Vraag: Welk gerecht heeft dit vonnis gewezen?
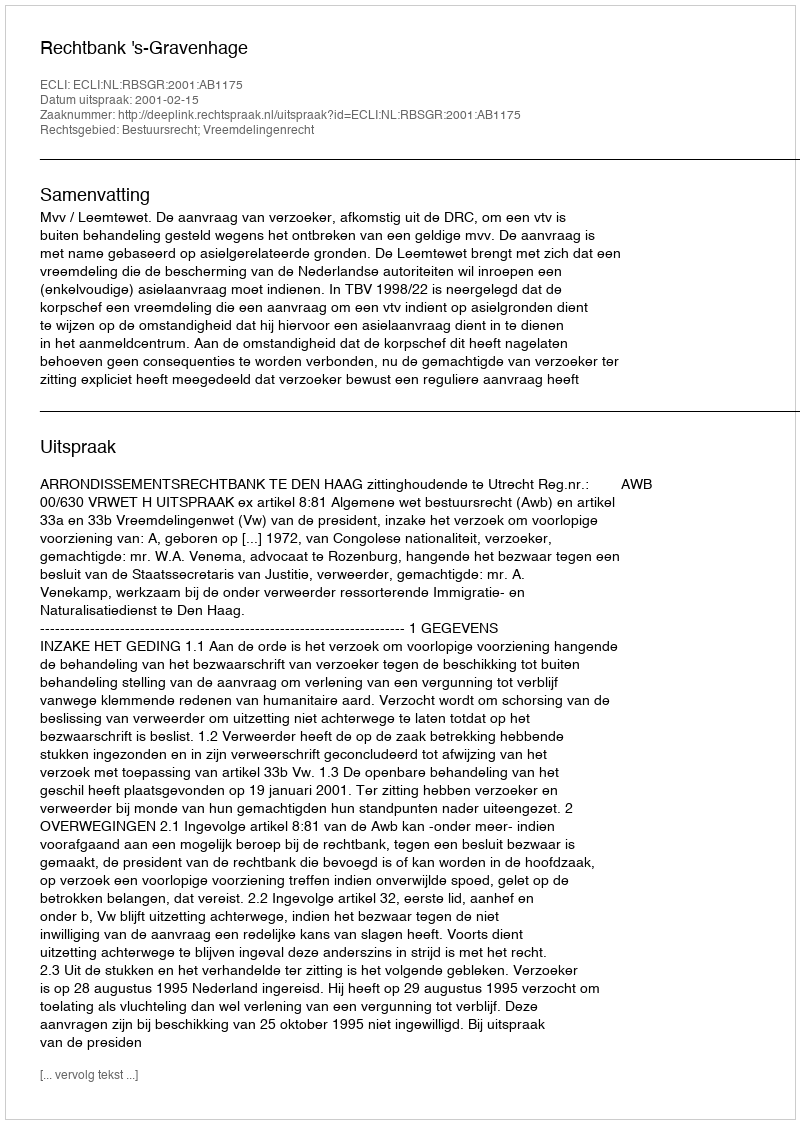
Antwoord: Rechtbank 's-Gravenhage